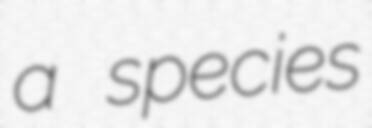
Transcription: a species